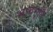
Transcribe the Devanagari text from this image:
भावमूर्ति